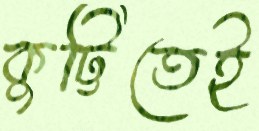
কুট্টিতেই